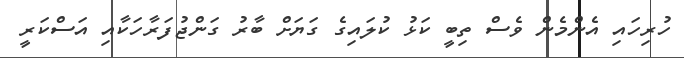
ހުރިހައި އެންމެން ވެސް ތިބީ ކަޅު ކުލައިގެ ގަޔަށް ބާރު ގަންޖުފަރާހަކާއި އަސްކަރީ